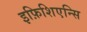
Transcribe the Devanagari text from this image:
इफ़िशिएन्सि